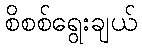
စိစစ်ရွေးချယ်